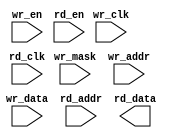

module Ram_1w_1rs #(
        parameter integer wordCount = 0,
        parameter integer wordWidth = 0,
        parameter clockCrossing = 1'b0,
        parameter technology = "auto",
        parameter readUnderWrite = "dontCare",
        parameter integer wrAddressWidth = 0,
        parameter integer wrDataWidth = 0,
        parameter integer wrMaskWidth = 0,
        parameter wrMaskEnable = 1'b0,
        parameter integer rdAddressWidth = 0,
        parameter integer rdDataWidth  = 0
    )(
        input wr_clk,
        input wr_en,
        input [wrMaskWidth-1:0] wr_mask,
        input [wrAddressWidth-1:0] wr_addr,
        input [wrDataWidth-1:0] wr_data,
        input rd_clk,
        input rd_en,
        input [rdAddressWidth-1:0] rd_addr,
        output [rdDataWidth-1:0] rd_data
    );

    generate
    genvar i;

    for (i=0;i<wrMaskWidth;i=i+1) begin
        reg [8-1:0] ram_block [(2**wrAddressWidth)-1:0];
        always @ (posedge wr_clk) begin
            if(wr_en && wr_mask[i]) begin
                ram_block[wr_addr] <= wr_data[i*8 +:8];
            end
        end

        reg [8-1:0] ram_rd_data;
        always @ (posedge rd_clk) begin
            if(rd_en) begin
                ram_rd_data <= ram_block[rd_addr];
            end
        end
        assign rd_data[i*8 +:8] = ram_rd_data;
    end
    endgenerate

endmodule